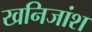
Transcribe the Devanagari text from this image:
खनिजांश